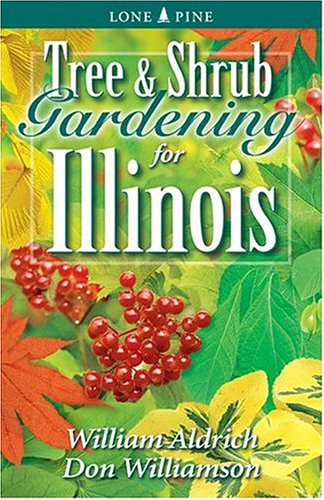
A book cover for Tree and Shrub Gardening for Illinois; William Aldrich; Crafts, Hobbies & Home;